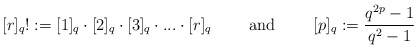
\begin{align*}[r]_q! := [1]_q \cdot [2]_q \cdot [3]_q \cdot . . . \cdot [r]_q \mbox{ \qquad and \qquad }[p]_q := \frac{q^{2p} - 1}{q^{2} - 1}\end{align*}